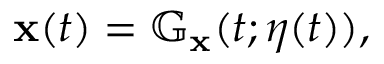
\begin{array} { r } { \mathbf { x } ( t ) = \mathbb G _ { \mathbf { x } } ( t ; \eta ( t ) ) , } \end{array}